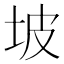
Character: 坡